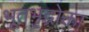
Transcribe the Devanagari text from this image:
भूतभृद्भोक्ता